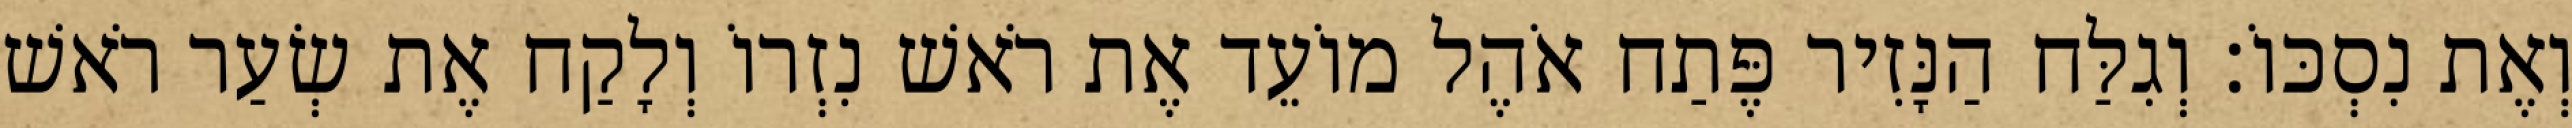
וְאֶת נִסְכּוֹ׃ וְגִלַּח הַנָּזִיר פֶּתַח אֹהֶל מוֹעֵד אֶת רֹאשׁ נִזְרוֹ וְלָקַח אֶת שְׂעַר רֹאשׁ